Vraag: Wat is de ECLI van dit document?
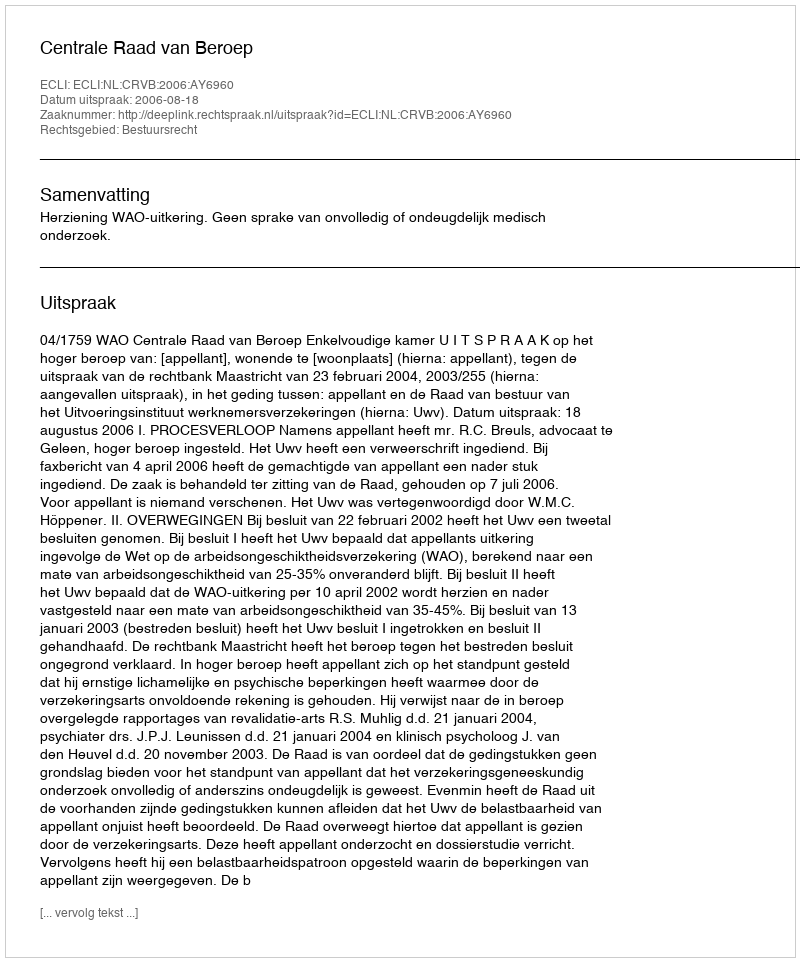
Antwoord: ECLI:NL:CRVB:2006:AY6960